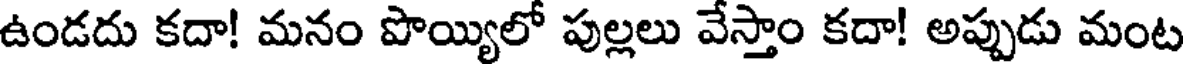
ఉండదు కదా! మనం పొయ్యిలో పుల్లలు వేస్తాం కదా! అప్పుడు మంట